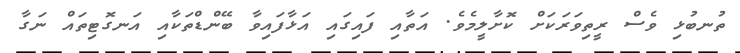
ތުނބުޅި ވެސް ރީތިވަރަކަށް ކޮށާލީމެވެ. އަތާއި ފައިގައި އަޅާފައިވާ ބޭންޑްތަކާއި އަނގޮޓިތައް ނަގާ